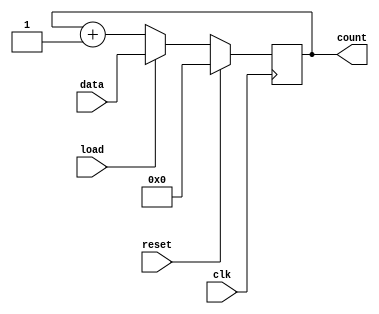
module loadable_counter(
    input wire clk,            // Clock signal
    input wire reset,          // Reset signal
    input wire load,           // Load signal
    input wire [N-1:0] data,   // Data input for loading
    output reg [N-1:0] count   // Counter output
);
    parameter N = 8;          // Width of the counter (can be changed as needed)

    always @(posedge clk) begin
        if (reset) begin
            count <= 0;       // Reset the counter to 0
        end
        else if (load) begin
            count <= data;    // Load the specified data into the counter
        end
        else begin
            count <= count + 1; // Increment the counter
        end
    end
endmodule